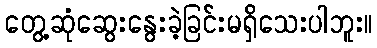
တွေ့ဆုံဆွေးနွေးခဲ့ခြင်းမရှိသေးပါဘူး။